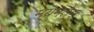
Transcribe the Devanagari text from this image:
मयमतम्